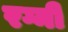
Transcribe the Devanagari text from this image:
रग्मी